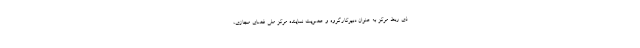
ذی ربط مرکز به عنوان دبیرکارگروه و عضویت نماینده مرکز ملی فضای مجازی،